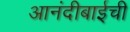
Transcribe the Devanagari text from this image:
आनंदीबाईची